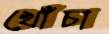
খোঁচা